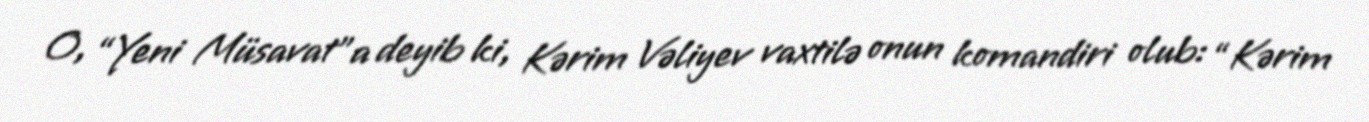
O, “Yeni Müsavat”a deyib ki, Kərim Vəliyev vaxtilə onun komandiri olub: “Kərim